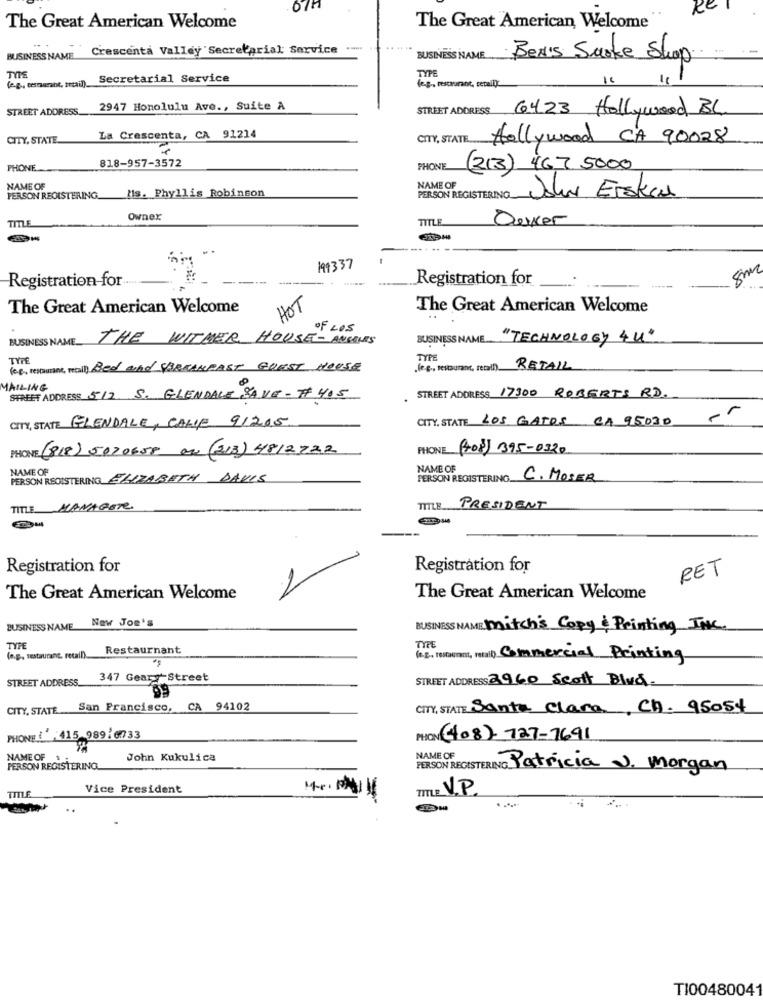
RE
The Great American Welcome
The Great American Welcome
Crescenta Valley Secretarial: Service
BUSINESS NAME
BUSINESS NAME
Ben's Surke Shop
TYPE
(e.g ., tesmarant, tetail).
Secretarial Service
TYPE
(e.g ., restaurant, retail).
STREET ADDRESS
2947 Honolulu Ave ., Suite A
STREET ADDRESS
6423 Hollywood BL
La Crescenta, CA 91214
CITY, STATE.
CITY, STATE Hollywood CA 90028
PHONE
818-957-3572
PHONE
(213) 467 5000
NAME OF
NAME OF
PERSON REGISTERING
Mis. Phyllis Robinson
PERSON REGISTERING Jahr Eraken
Ownex
TITLE
Ouver
TITLE
199337
8m
Registration-for
Registration for
HOT
The Great American Welcome
The Great American Welcome
OF LOS
BUSINESS NAME.
THE WITHER, HOUSE- ANGELES
BUSINESS NAME ....
"TECHNOLOGY 4UL"
TYPE
TYPE
(og, restaurant, real) Bed and BREAKFAST GUEST HOUSE
(e.g ., tesouranc, recall) RETAIL
MAILING
STREET ADDRESS 512 S. GLENDALE SAVE- #405
STREET ADDRESS 17300 ROBERTS RD.
CITY, STATE GLENDALE, CALIF 91205
CITY, STATE LOS GATOS CA 95030 ,5
PHONE: (818) 5020658 000 (213) 4812722
PHONE (+08) 395-0320
NAME OF
NAME OF
PERSON REGISTERING ELIZABETH DAVIS
PERSON REGISTERING C. MOSER
TITLE MANAGETE
TITLE_
PRESIDENT
Registration for
Registration for
RET
The Great American Welcome
The Great American Welcome
New Joe's
BUSINESS NAME
BUSINESS NAME mitch's Copy & Printing JAKC
TYPE
Restaurnant
TYPE
(e.g, restaurang, recall).
(6.2. restaurant, retail) Commercial Printing
STREET ADDRESS.
347 Geary Street
STREET ADDRESS 2960 Scott Blud.
CITY, STATE
San Francisco,
CA 94102
CITY, STATE Santa Clara, CA. 95054
PHONE :: 415 989/6733
PION (08)- 727-7691
NAME OF
John Kukulica
NAME OF
PERSON REGISTERING
PERSON REGISTERING Patricia J. Morgan
Vice President
TITLE V.P.
TITLE
TI00480041